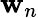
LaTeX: \mathbf{w}_{n}